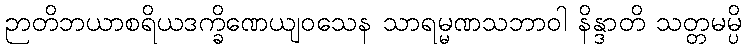
ဉာတိဘယာစရိယဒက္ခိဏေယျဝသေန သာရမ္မဏသဘာဝါ နိန္ဒာတိ သတ္တမမ္ပိ